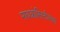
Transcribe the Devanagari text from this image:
मायक्रोसिस्टीमचा